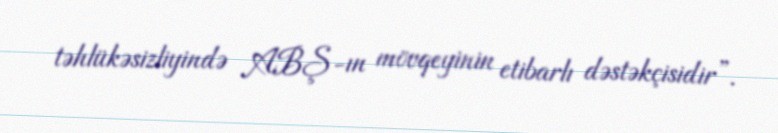
təhlükəsizliyində ABŞ-ın mövqeyinin etibarlı dəstəkçisidir”.